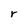
Character: r